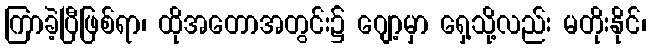
ကြာခဲ့ပြီဖြစ်ရာ၊ ထိုအတောအတွင်း၌ ဂျော့မှာ ရှေ့သို့လည်း မတိုးနိုင်၊